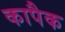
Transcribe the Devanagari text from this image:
कापैक